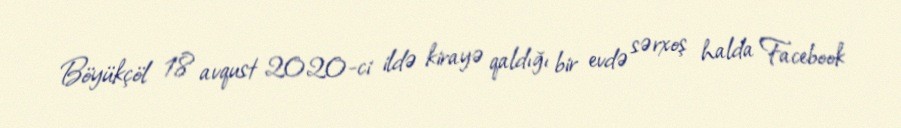
Böyükçöl 18 avqust 2020-ci ildə kirayə qaldığı bir evdə sərxoş halda Facebook